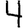
Digit: 4